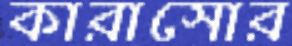
কারাসোর